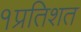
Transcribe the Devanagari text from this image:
१प्रतिशत